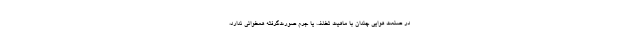
در صنعت هوایی چندان با ماهیت تخلف یا جرم صورت‌گرفته همخوانی ندارد،